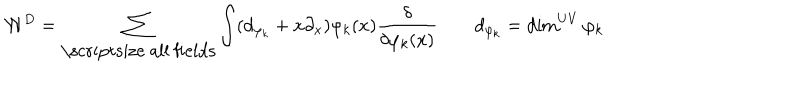
{ \cal W } ^ { D } = \sum _ { \mathrm { \scriptsize ~ a l l ~ f i e l d s } } \int ( d _ { \varphi _ { k } } + x \partial _ { x } ) \varphi _ { k } ( x ) { \frac { \delta } { \delta \varphi _ { k } ( x ) } } \qquad d _ { \varphi _ { k } } = \dim ^ { U V } { \varphi _ { k } }